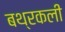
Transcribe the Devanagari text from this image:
बथ्रकली